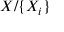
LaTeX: X / \{ X _ { i } \}